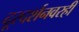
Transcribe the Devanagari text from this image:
दूरदर्शनवरही